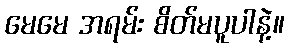
မေမေ အရမ်း စိတ်မပူပါနဲ့။